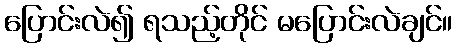
ပြောင်းလဲ၍ ရသည့်တိုင် မပြောင်းလဲချင်။